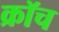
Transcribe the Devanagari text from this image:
क्रॉच